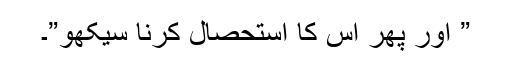
” اور پھر اس کا استحصال کرنا سیکھو”۔